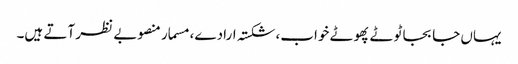
یہاں جا بجا ٹوٹے پھوٹے خواب، شکستہ ارادے، مسمار منصوبے نظر آتے ہیں۔